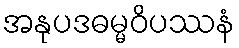
အနုပဒဓမ္မဝိပဿနံ